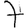
Digit: 7